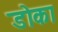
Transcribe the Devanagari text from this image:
डोका